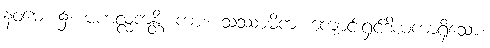
နဝမေ၊ ၌။ မဟလ္လကန္တိ၊ ကား။ သဿာမိကံ၊ ကျောင်းရှင်ဒါယကာရှိသော။